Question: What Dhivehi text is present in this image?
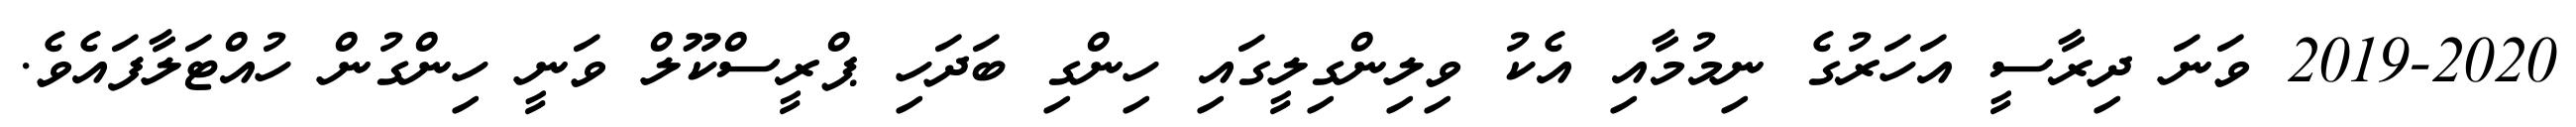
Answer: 2019-2020 ވަނަ ދިރާސީ އަހަރުގެ ނިމުމާއި އެކު ވިލިންގިލީގައި ހިންގި ބަދަހި ޕްރީސްކޫލް ވަނީ ހިންގުން ހުއްޓަލާފައެވެ.